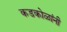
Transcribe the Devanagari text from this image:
कडकोळांनी